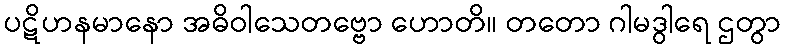
ပဋိဟနမာနော အဓိဝါသေတဗ္ဗော ဟောတိ။ တတော ဂါမဒွါရေ ဌတွာ